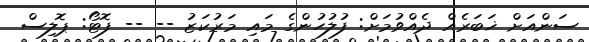
ސަންއަށް ޚަބަރެއް ދެއްވުމަށް: ފުލުހުންގެ މައި މަރުކަޒު -- -- ފޮޓޯ: ޕޮލިސް